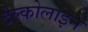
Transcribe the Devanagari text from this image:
टेल्कोलाइन